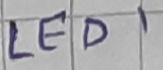
Text: LED1